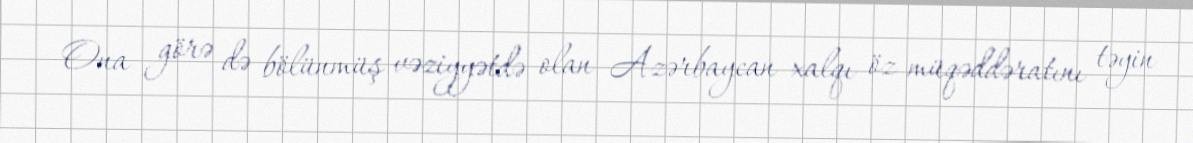
Ona görə də bölünmüş vəziyyətdə olan Azərbaycan xalqı öz müqəddəratını təyin